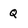
Character: q